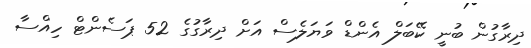
ދިރާގުން ބުނީ ކޭބަލް އެންޑް ވަޔަލެސް އަށް ދިރާގުގެ 52 ޕަސެންޓް ހިއްސާ